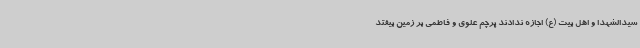
سیدالشهدا و اهل بیت (ع) اجازه ندادند پرچم علوی و فاطمی بر زمین بیفتد